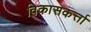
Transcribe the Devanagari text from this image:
विकासकर्त्ता